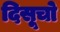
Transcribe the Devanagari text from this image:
दिसूचो